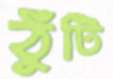
ঠুঁটি